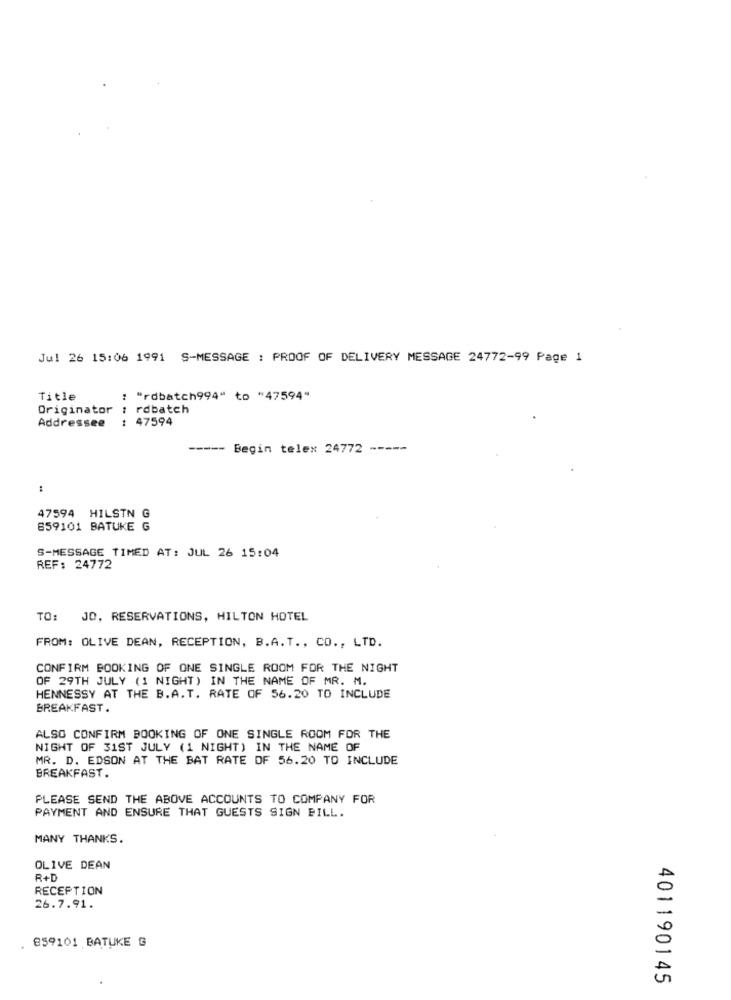
Jul 26 15:06 1991 S-MESSAGE : PROOF OF DELIVERY MESSAGE 24772-99 Page 1
Title
: "rdbatch994" to "47594"
Originator : rdbatch
Addressee : 47594
-----
Begin telex 24772 -----
:
47594 HILSTN G
859101 BATUKE G
S-MESSAGE TIMED AT: JUL 26 15:04
REF: 24772
TO: JO, RESERVATIONS, HILTON HOTEL
FROM: OLIVE DEAN, RECEPTION, B.A.T ., CO ., LTD.
CONFIRM BOOKING OF ONE SINGLE ROOM FOR THE NIGHT
OF 29TH JULY (1 NIGHT) IN THE NAME OF MR. M.
HENNESSY AT THE B.A.T. RATE OF 56.20 TO INCLUDE
BREAKFAST.
ALSO CONFIRM BOOKING OF ONE SINGLE ROOM FOR THE
NIGHT OF 31ST JULY (1 NIGHT) IN THE NAME OF
MR. D. EDSON AT THE BAT RATE OF 56.20 TO INCLUDE
BREAKFAST.
PLEASE SEND THE ABOVE ACCOUNTS TO COMPANY FOR
PAYMENT AND ENSURE THAT GUESTS SIGN BILL.
MANY THANKS.
OLIVE DEAN
R+D
RECEPTION
26.7.91.
. 859101 BATUKE G
401190145